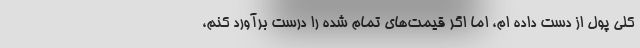
کلی پول از دست داده ام، اما اگر قیمت‌های تمام شده را درست برآورد کنم،